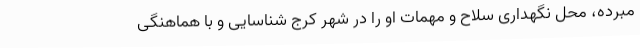
مبرده، محل نگهداری سلاح و مهمات او را در شهر کرج شناسایی و با هماهنگی